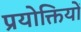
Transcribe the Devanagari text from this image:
प्रयोक्तियों